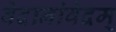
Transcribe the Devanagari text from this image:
वेदानांवेदम्